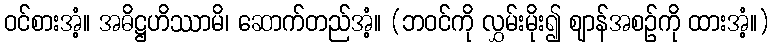
ဝင်စားအံ့။ အဓိဋ္ဌဟိဿာမိ၊ ဆောက်တည်အံ့။ (ဘဝင်ကို လွှမ်းမိုး၍ ဈာန်အစဉ်ကို ထားအံ့။)